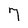
Character: 7